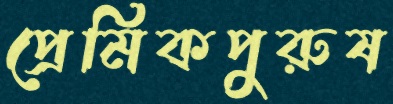
প্রেমিকপুরুষ